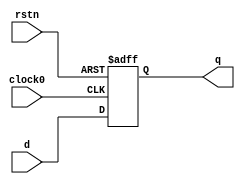

module dut  (input d,
              input rstn,
              input clock0,
              output reg q);
 
  always @ (posedge clock0 or negedge rstn) 
      begin
       if (!rstn)
          q <= 0;
       else
          q <= d;
      end    
endmodule